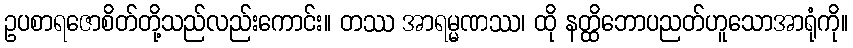
ဥပစာရဇောစိတ်တို့သည်လည်းကောင်း။ တဿ အာရမ္မဏဿ၊ ထို နတ္ထိဘောပညတ်ဟူသောအာရုံကို။